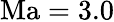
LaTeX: \mathrm{{Ma}=3.0}